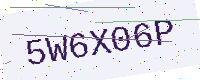
Text: 5W6X06P